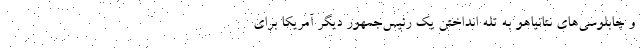
و چابلوسی‌های نتانیاهو به تله انداختن یک رئیس‌جمهور دیگر آمریکا برای